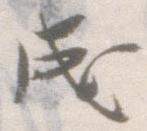
成